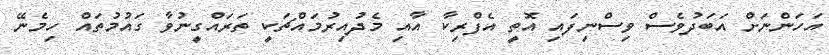
އަހަންނަށް އަބަދުވެސް ވިސްނިފައި އޮތީ އެފްރިކާ އާއި މެދުއިރުމައްޗަކީ ތަރައްގީނުވާ ގައުމުތައް ހިމެނޭ